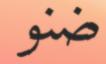
ضنو